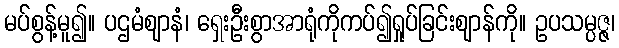
မပ်စွန့်မူ၍။ ပဌမံဈာနံ၊ ရှေးဦးစွာအာရုံကိုကပ်၍ရှုပ်ခြင်းဈာန်ကို။ ဥပသမ္ပဇ္ဇ၊